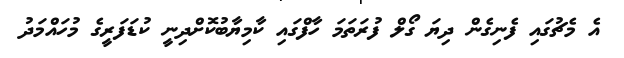
އެ މެޗުގައި ފެނިގެން ދިޔަ ގޯލް ފުރަތަމަ ހާފްގައި ކާމިޔާބުކޮށްދިނީ ކުޑަފަރީގެ މުހައްމަދު